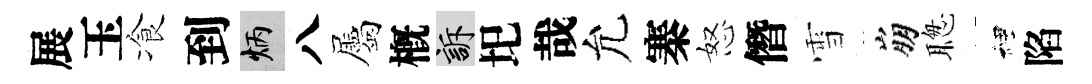
展玉飡到炳八屬槪訴圯哉允寨怒僭雪崩聦裡陷